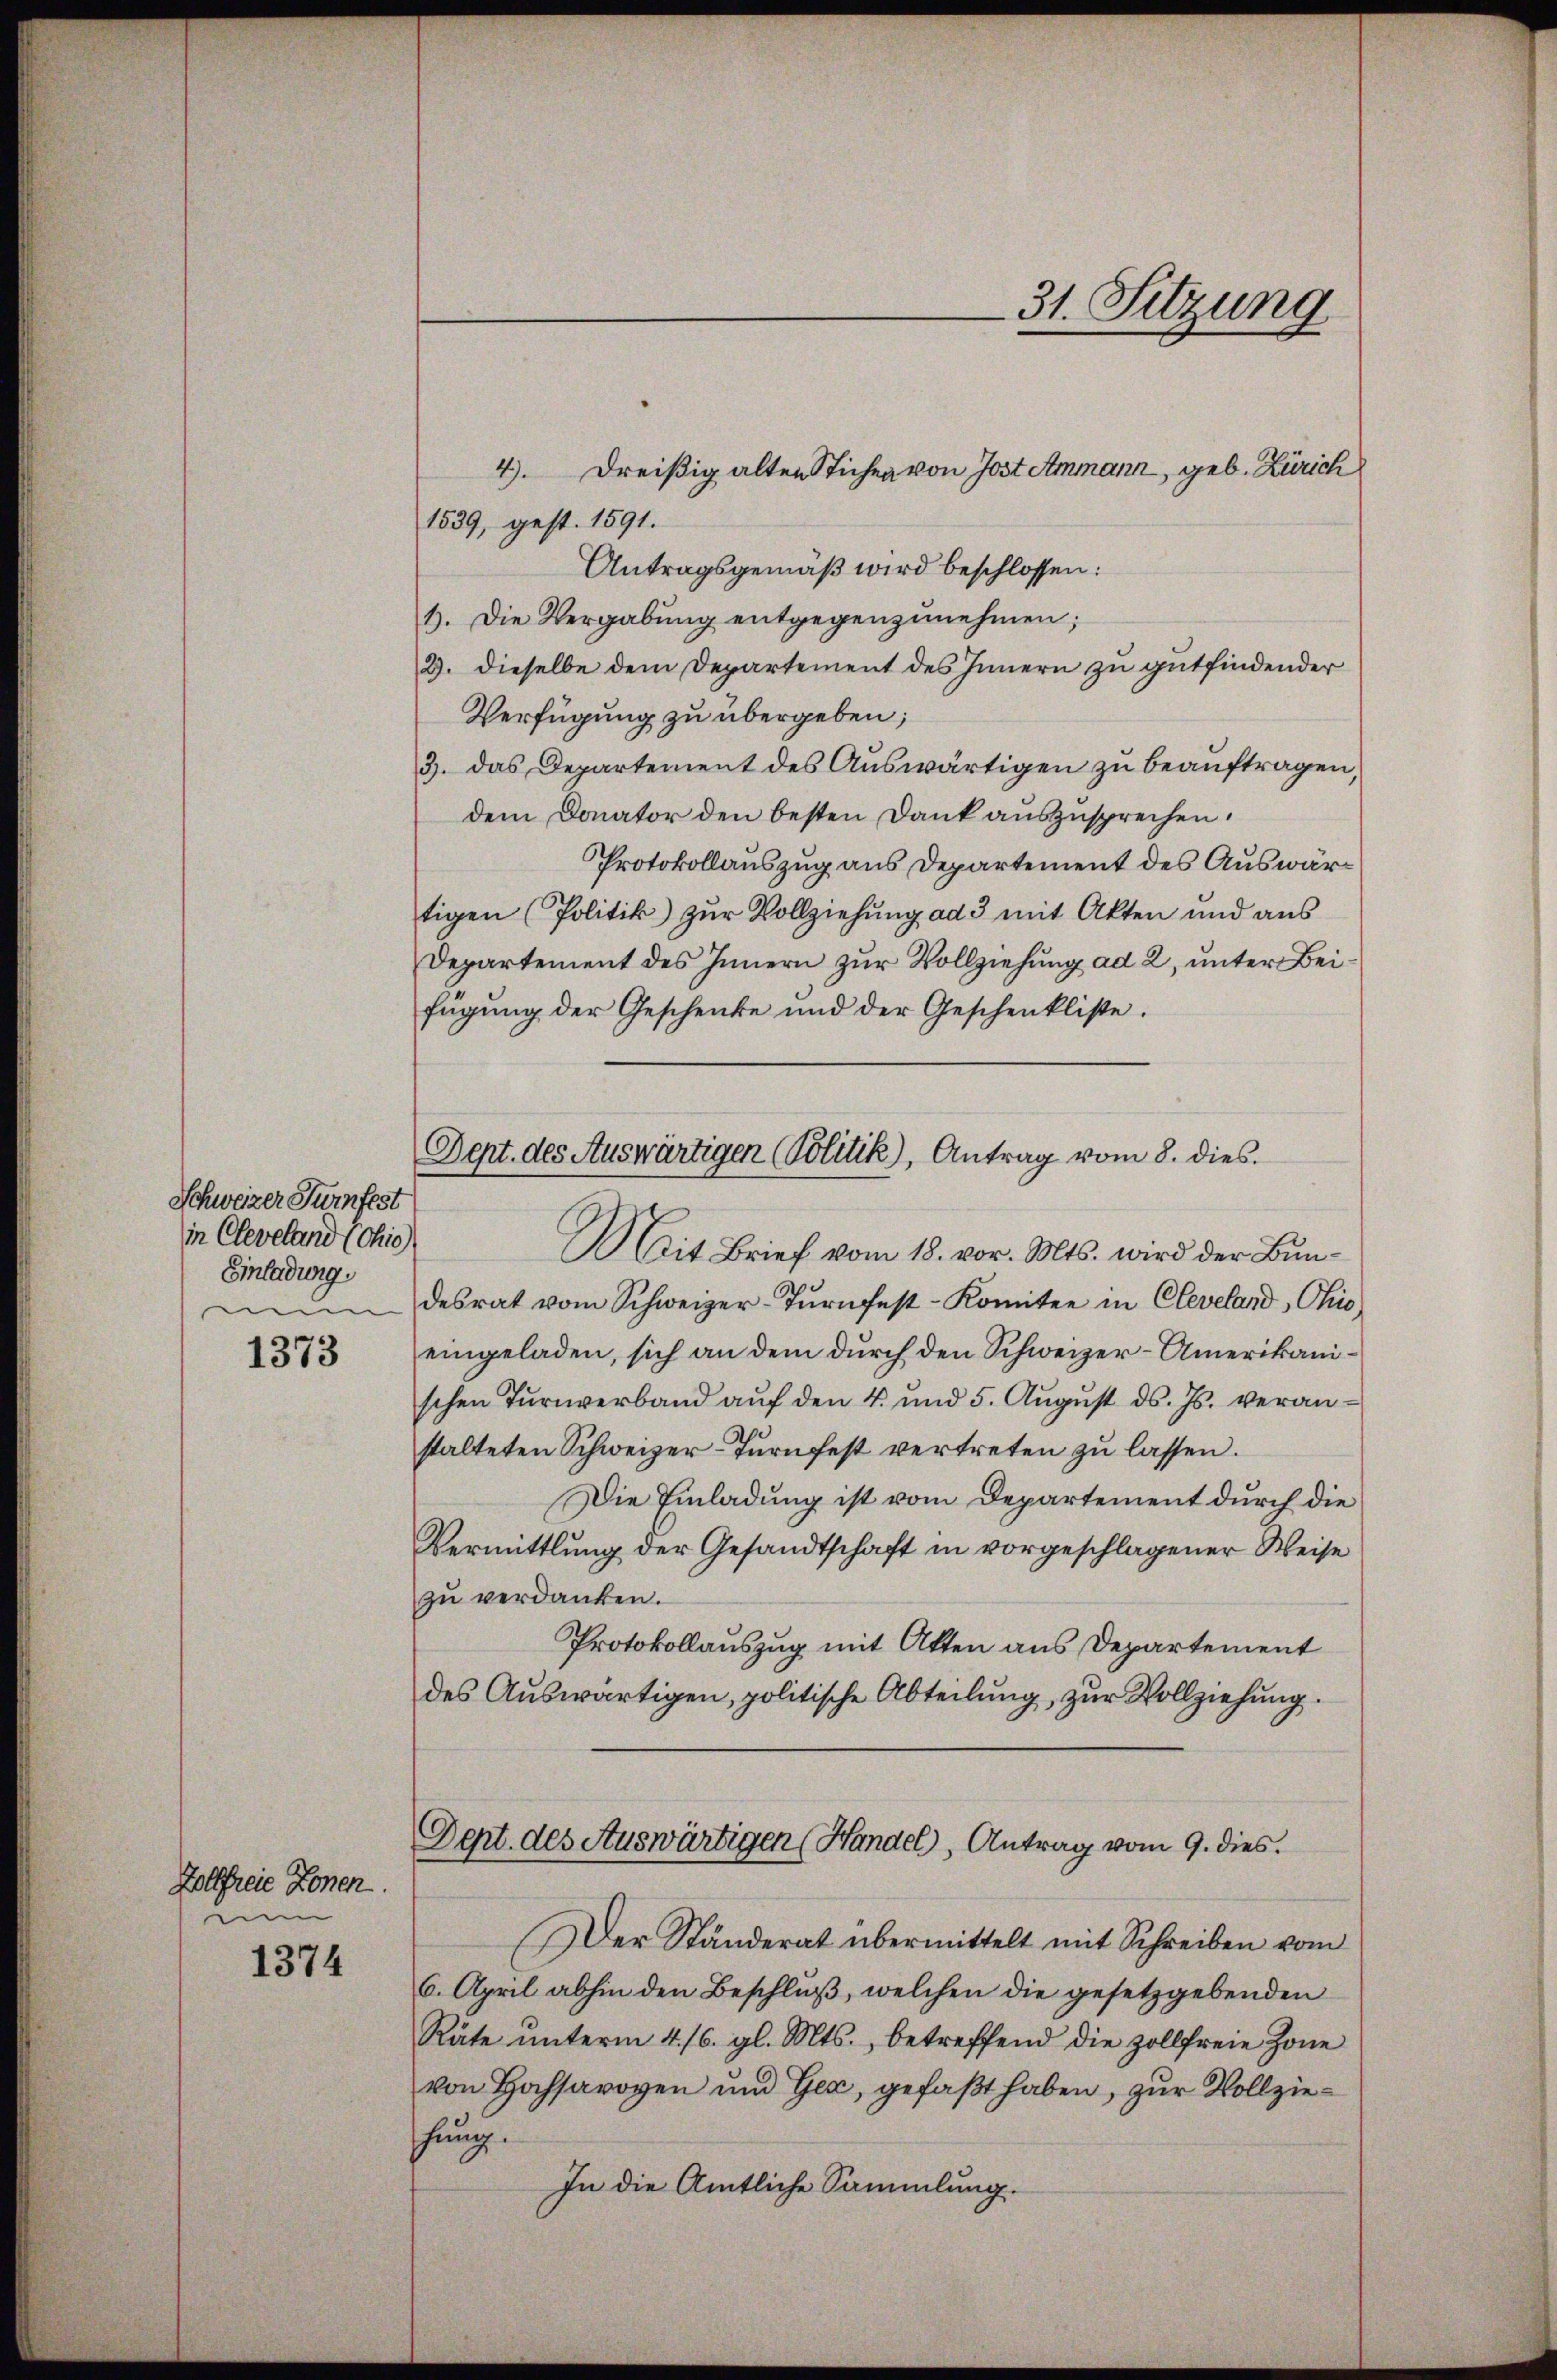
Schweizer Turnfest
in Cleveland (ohie)
Einladung.
mun

1373

Zollfreie Konen.
men

1374

4) Dreißig alten Stichen von Jost Ammann, geb. Zürich
1539, gest. 1591.
Antragsgemäß wird beschlossen:
1). Die Vergabung entgegenzunehmen;
2. dieselbe dem Departement des Innern zu gutfindender
Verfügung zu übergeben;
3. das Departement des Auswärtigen zu beauftragen,
dem Donator den besten Dank auszusprechen.
Protokollauszug aus Departement des Auswartigen (Politik zŭr Vollziehŭng ad 3 mit Akten und aŭs
Departement des Innern zur Vollziehung ad 2, unter Beifügŭng der Geschenke und der Geschenkliste.
Mit Brief vom 18. vor. Mts. wird der Bundesrat vom Schweizer-Tŭrnfest-Komitee in Cleveland, Ohio
eingeladen, sich an dem durch den Schweizer-Amerikanischen Tŭrnverband aŭf den 4. und 5. Aŭgŭst ds. Js. veran-
stalteten Schweizer-Turnfest vertreten zu lassen.
Die Einladung ist vom Departement durch die
Vermittlung der Gesandtschaft in vorgeschlagener Weise
zu verdanken.
Protokollauszug mit Akten aus Departement
des Auswärtigen, politische Abteilung, zur Vollziehung.
Dept. des Auswärtigen (Handel, Antrag vom 9. dies
Der Ständerat übermittelt mit Schreiben vom
6. April abhin den Beschlŭβ, welchen die gesetzgebenden
Räte ŭnterm 4. 16. gl. Mts., betreffend die zollfreie Zone
von Hochsavoyen und Gex, gefaßt haben, zur Vollziehung.
In die Amtliche Sammlung.

31. Sitzung

Dept. des Auswärtigen (Politik), Antrag vom 8. dies